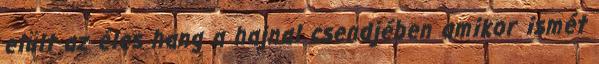
elült az éles hang a hajnal csendjében amikor ismét